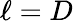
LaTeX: \ell=D